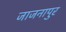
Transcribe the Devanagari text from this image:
जाजनापुर